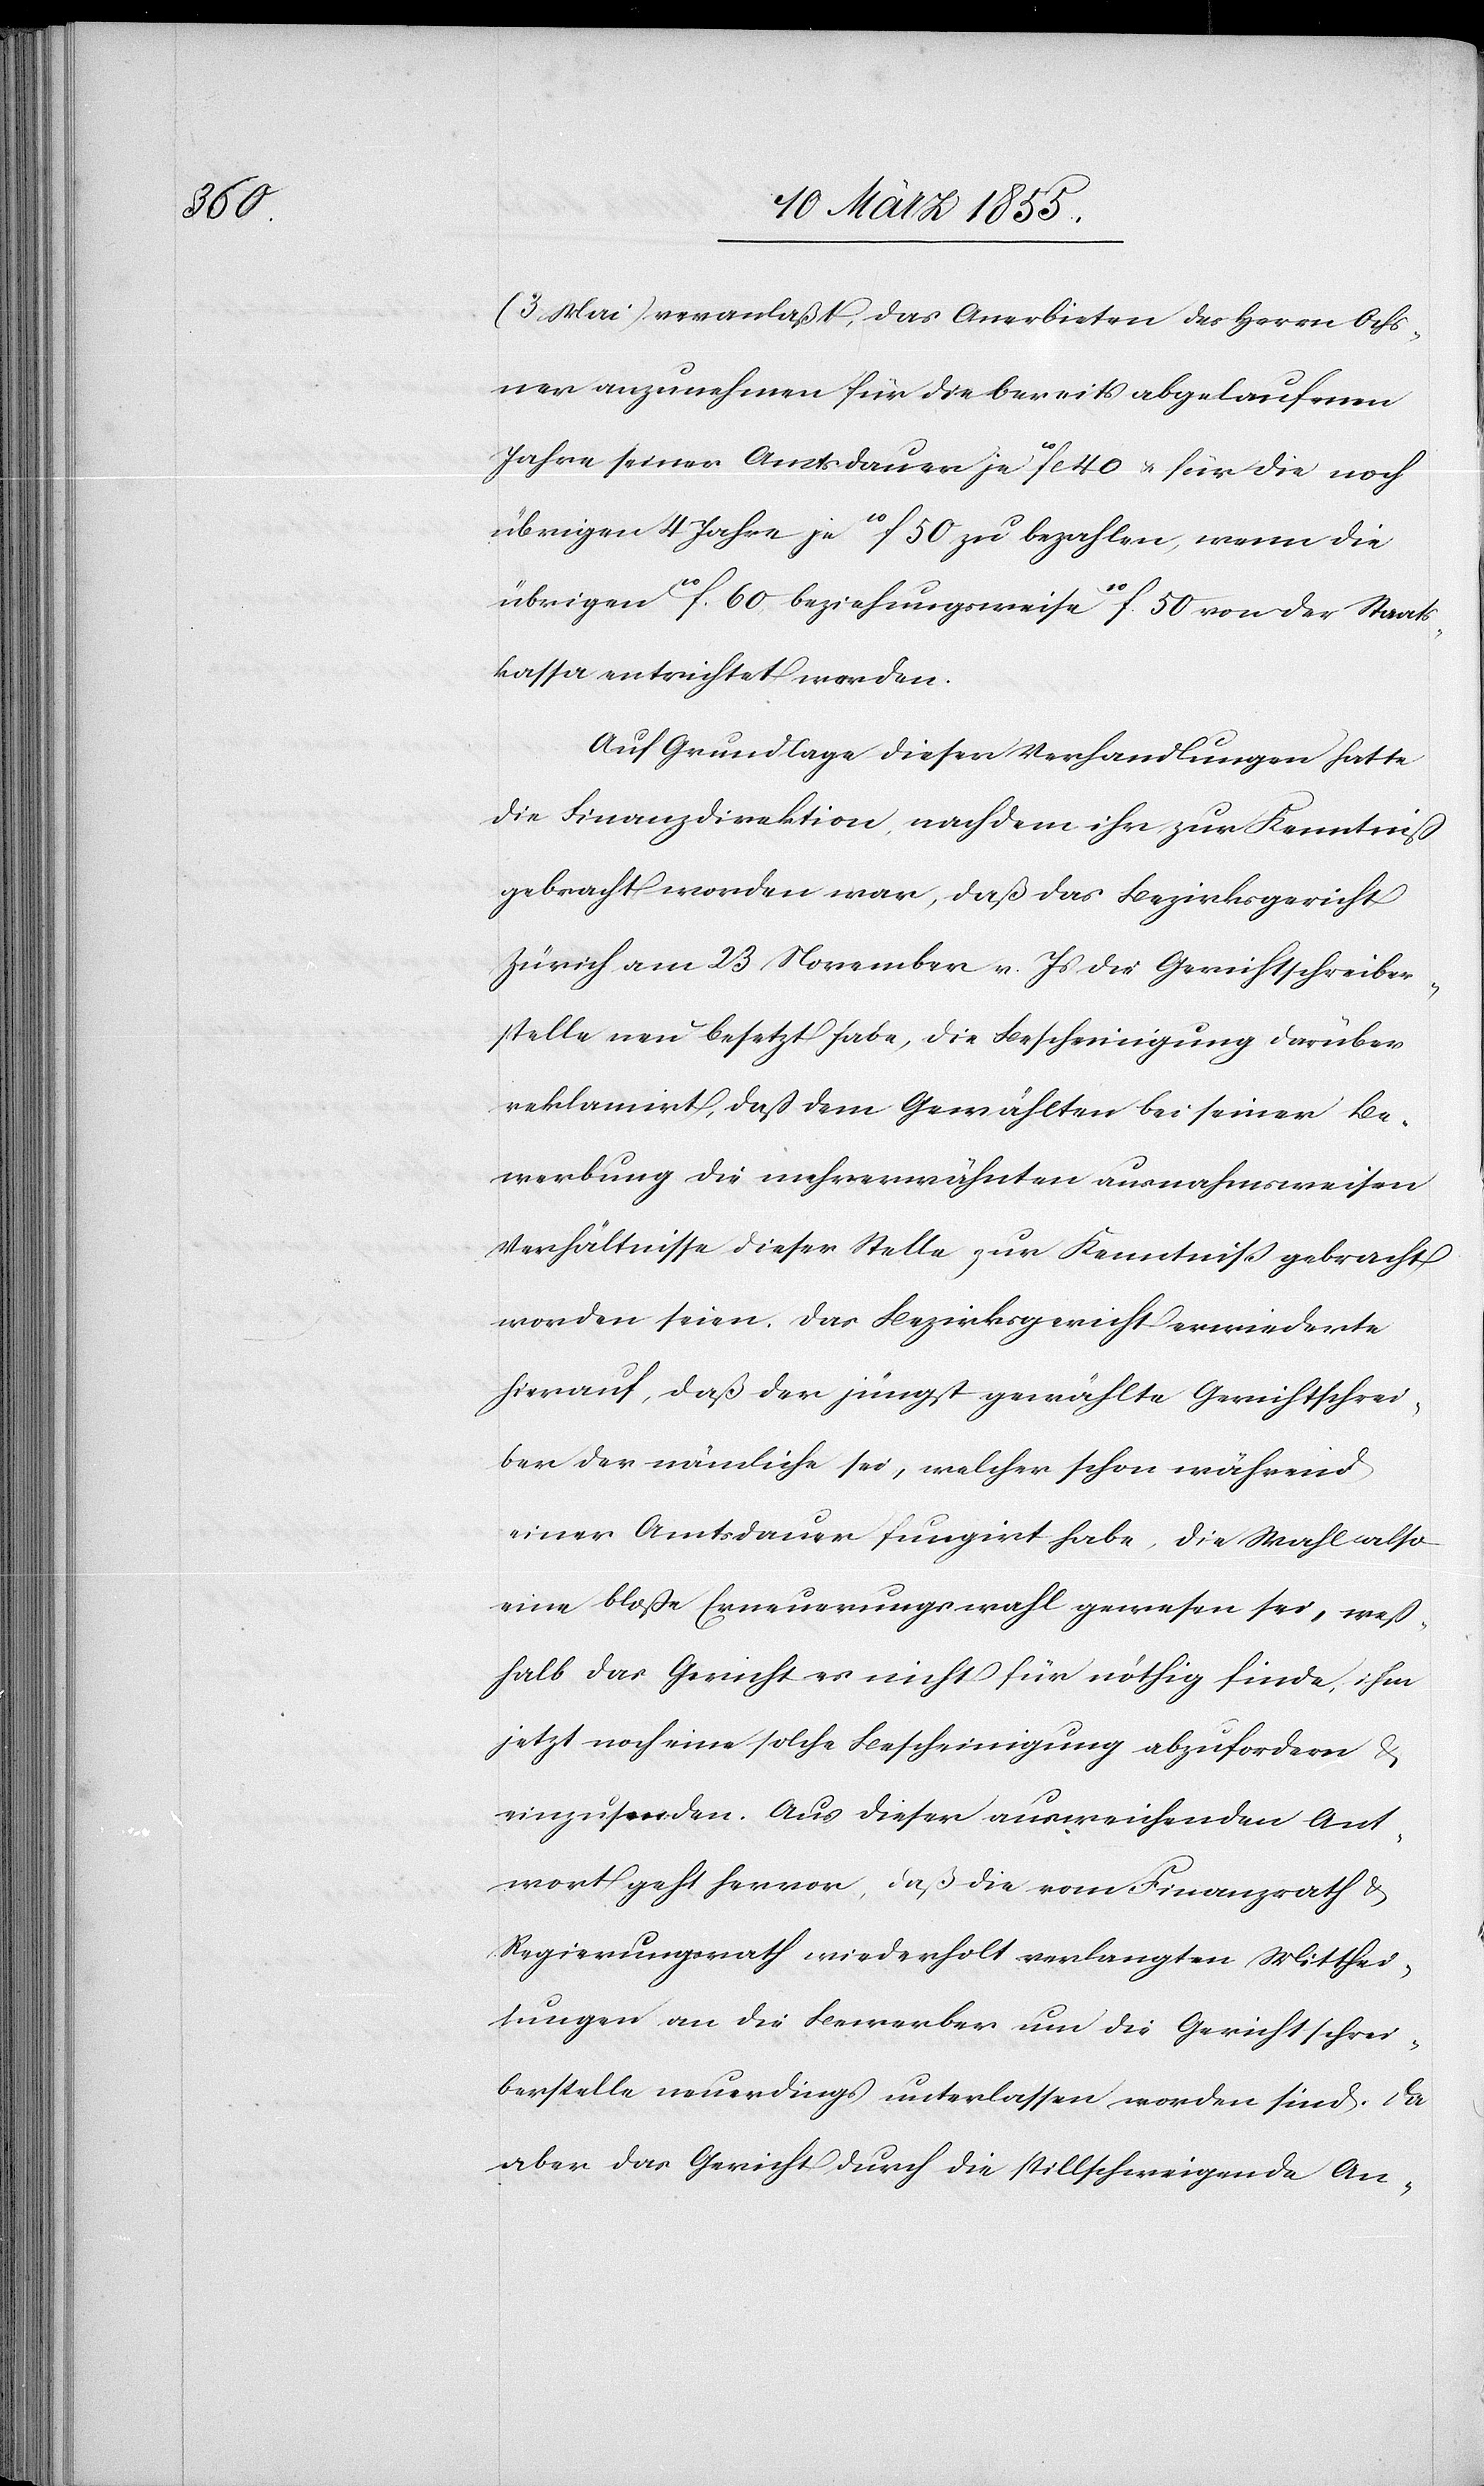
(3. Mai) veranlaßt, das Anerbieten des Herrn Ochs¬
ner anzunehmen für die bereits abgelaufenen
Jahre seiner Amtsdauer je 10fl. 40 & für die noch
übrigen 4 Jahre je 10f. 50 zu bezahlen, wenn die
übrigen 10f. 60 beziehungsweise 10f. 50 von der Staats¬
kassa entrichtet werden.
Auf Grundlage dieser Verhandlungen hatte
die Finanzdirektion, nachdem ihr zur Kenntniß
gebracht worden war, daß das Bezirksgericht
Zürich am 23 November v. Js die Gerichtschreiber¬
stelle neu besetzt habe, die Bescheinigung darüber
reklamirt, daß dem Gewählten bei seiner Be¬
werbung die mehrerwähnten ausnahmsweisen
Verhältnisse dieser Stelle zur Kenntniß gebracht
worden seien. Das Bezirksgericht erwiederte
hierauf, daß der jüngst gewählte Gerichtschrei¬
ber der nämliche sei, welcher schon während
einer Amtsdauer fungirt habe, die Wahl also
eine bloße Erneuerungswahl gewesen sei, weß¬
halb das Gericht es nicht für nöthig finde, ihm
jetzt noch eine solche Bescheinigung abzufordern &
einzusenden. Aus dieser ausweichenden Ant¬
wort geht hervor, daß die vom Finanzrath &
Regierungsrath wiederholt verlangten Mitthei¬
lungen an die Bewerber um die Gerichtschrei¬
berstelle neuerdings unterlassen worden sind. Da
aber das Gericht durch die stillschweigende An-